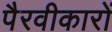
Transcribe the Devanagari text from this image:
पैरवीकारों